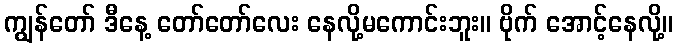
ကျွန်တော် ဒီနေ့ တော်တော်လေး နေလို့မကောင်းဘူး။ ဗိုက် အောင့်နေလို့။